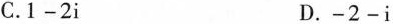
C.$$1-2i$$ $$D.-2-i$$